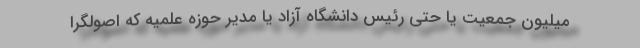
میلیون جمعیت یا حتی رئیس دانشگاه آزاد یا مدیر حوزه علمیه که اصولگرا